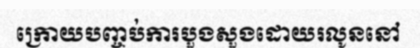
ក្រោយបញ្ចប់ការបួងសួងដោយរលូននៅ